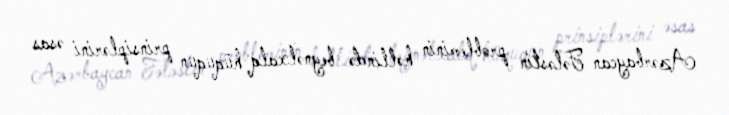
Azərbaycan Fələstin probleminin həllində beynəlxalq hüququn prinsiplərini əsas